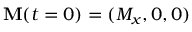
\mathbf { M } ( t = 0 ) = ( M _ { x } , 0 , 0 )